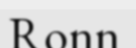
Ronn